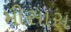
મીસાસ